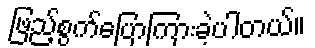
ဖြည့်စွက်ပြောကြားခဲ့ပါတယ်။